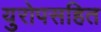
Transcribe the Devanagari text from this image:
युरोपसहित